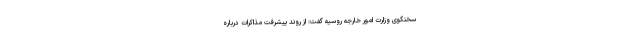
سخنگوی وزارت امور خارجه روسیه گفت: از روند پیشرفت مذاکرات درباره